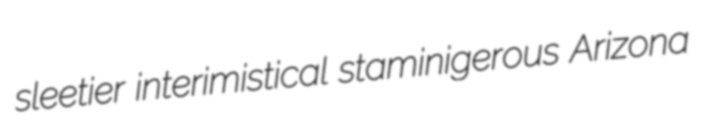
sleetier interimistical staminigerous Arizona